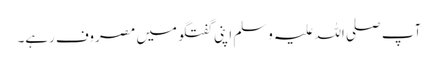
آپ صلی اللہ علیہ وسلم اپنی گفتگو میں مصروف رہے۔